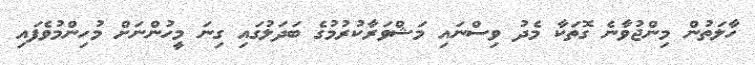
ހާލަތުން މިންޖުވާނެ ގޮތަކާ މެދު ވިސްނައި މަޝްވަރާކުރުމުގެ ބަދަލުގައި ގިނަ މީހުންނަށް މުހިންމުވެފައި